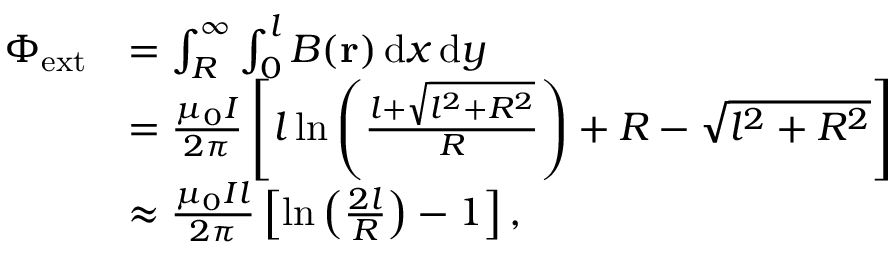
\begin{array} { r l } { \Phi _ { \mathrm { e x t } } } & { = \int _ { R } ^ { \infty } \int _ { 0 } ^ { l } B ( \mathbf { r } ) \, \mathrm { d } x \, \mathrm { d } y } \\ & { = \frac { \mu _ { 0 } I } { 2 \pi } \left[ l \ln \left( \frac { l + \sqrt { l ^ { 2 } + R ^ { 2 } } } { R } \right) + R - \sqrt { l ^ { 2 } + R ^ { 2 } } \right] } \\ & { \approx \frac { \mu _ { 0 } I l } { 2 \pi } \left[ \ln \left( \frac { 2 l } { R } \right) - 1 \right] , } \end{array}